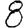
Digit: 8